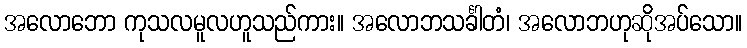
အလောဘော ကုသလမူလဟူသည်ကား။ အလောဘသင်္ခါတံ၊ အလောဘဟုဆိုအပ်သော။